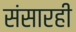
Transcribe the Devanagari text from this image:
संसारही